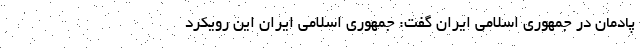
پادمان در جمهوری اسلامی ایران گفت: جمهوری اسلامی ایران این رویکرد